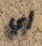
أي